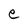
Character: e